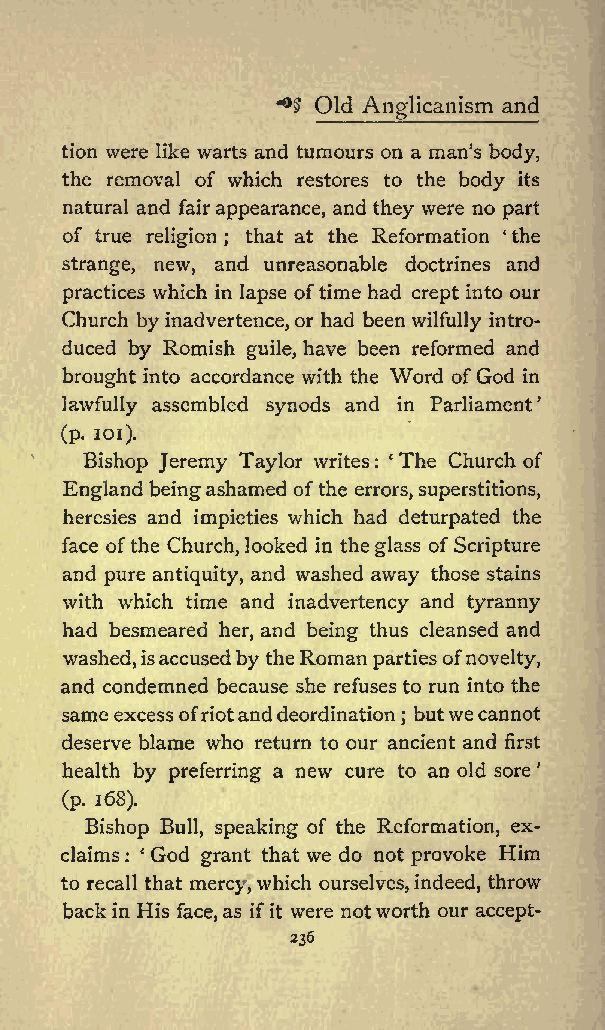
^3 Old         and
 Anglicanism
 tion were like warts and tumours on a man s body,
 the removal of which restores to the body its
 natural and fairappearance, and they were no part
 of true religion ; that at the Reformation the
 strange, new, and unreasonable doctrines and
 practices which in lapse oftime had crept into our
 Church byinadvertence,or had been wilfully intro
 duced by Romish guile, have been reformed and
 brought into accordance with the Word ofGod in
 lawfully assembled synods and in Parliament
 (p. 101).
 Bishop Jeremy Taylor writes : The Church of
 England beingashamed ofthe errors,superstitions,
 heresies and impieties which had deturpated the
 face ofthe Church,looked in theglass of Scripture
 and pure antiquity, and washed away those stains
 with which time and inadvertency and tyranny
 had besmeared her, and being thus cleansed and
 washed,isaccusedbytheRoman parties ofnovelty,
 and condemned because she refuses to run into the
 same excess ofriotanddeordination butwecannot
 ;
 deserve blame who return to our ancient and first
 health by preferring a new cure to an old sore
 (p. 168).
 Bishop Bull, speaking of the Reformation, ex
 claims : God grant that we do not provoke Him
 to recall that mercy, which ourselves,indeed, throw
 back in His face, as ifit were notworth our accept-
 236